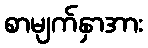
စာမျက်နှာအား